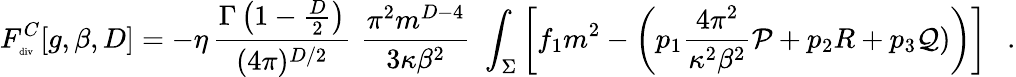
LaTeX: F_{\tiny\mathrm{div}}^{C}[g,\beta,D]=-\eta\, {\frac{\Gamma\left(1-\frac D2\right)}{(4\pi)^{D/2}}}\, \, {\frac{\pi^{2}m^{D-4}}{3\kappa\beta^{2}}}\, \, \int_{\Sigma}\left[f_{1}m^{2}-\left(p_{1}{\frac{4\pi^{2}}{\kappa^{2}\beta^{2}}}{\cal P}+p_{2}R+p_{3}{\cal Q})\right)\right]~~~.